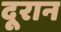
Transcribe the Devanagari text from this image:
दूरान